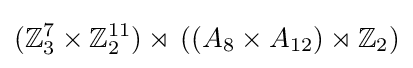
(\mathbb {Z} _{3}^{7}\times \mathbb {Z} _{2}^{11})\rtimes \,((A_{8}\times A_{12})\rtimes \mathbb {Z} _{2})